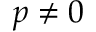
p \neq 0